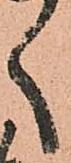
く